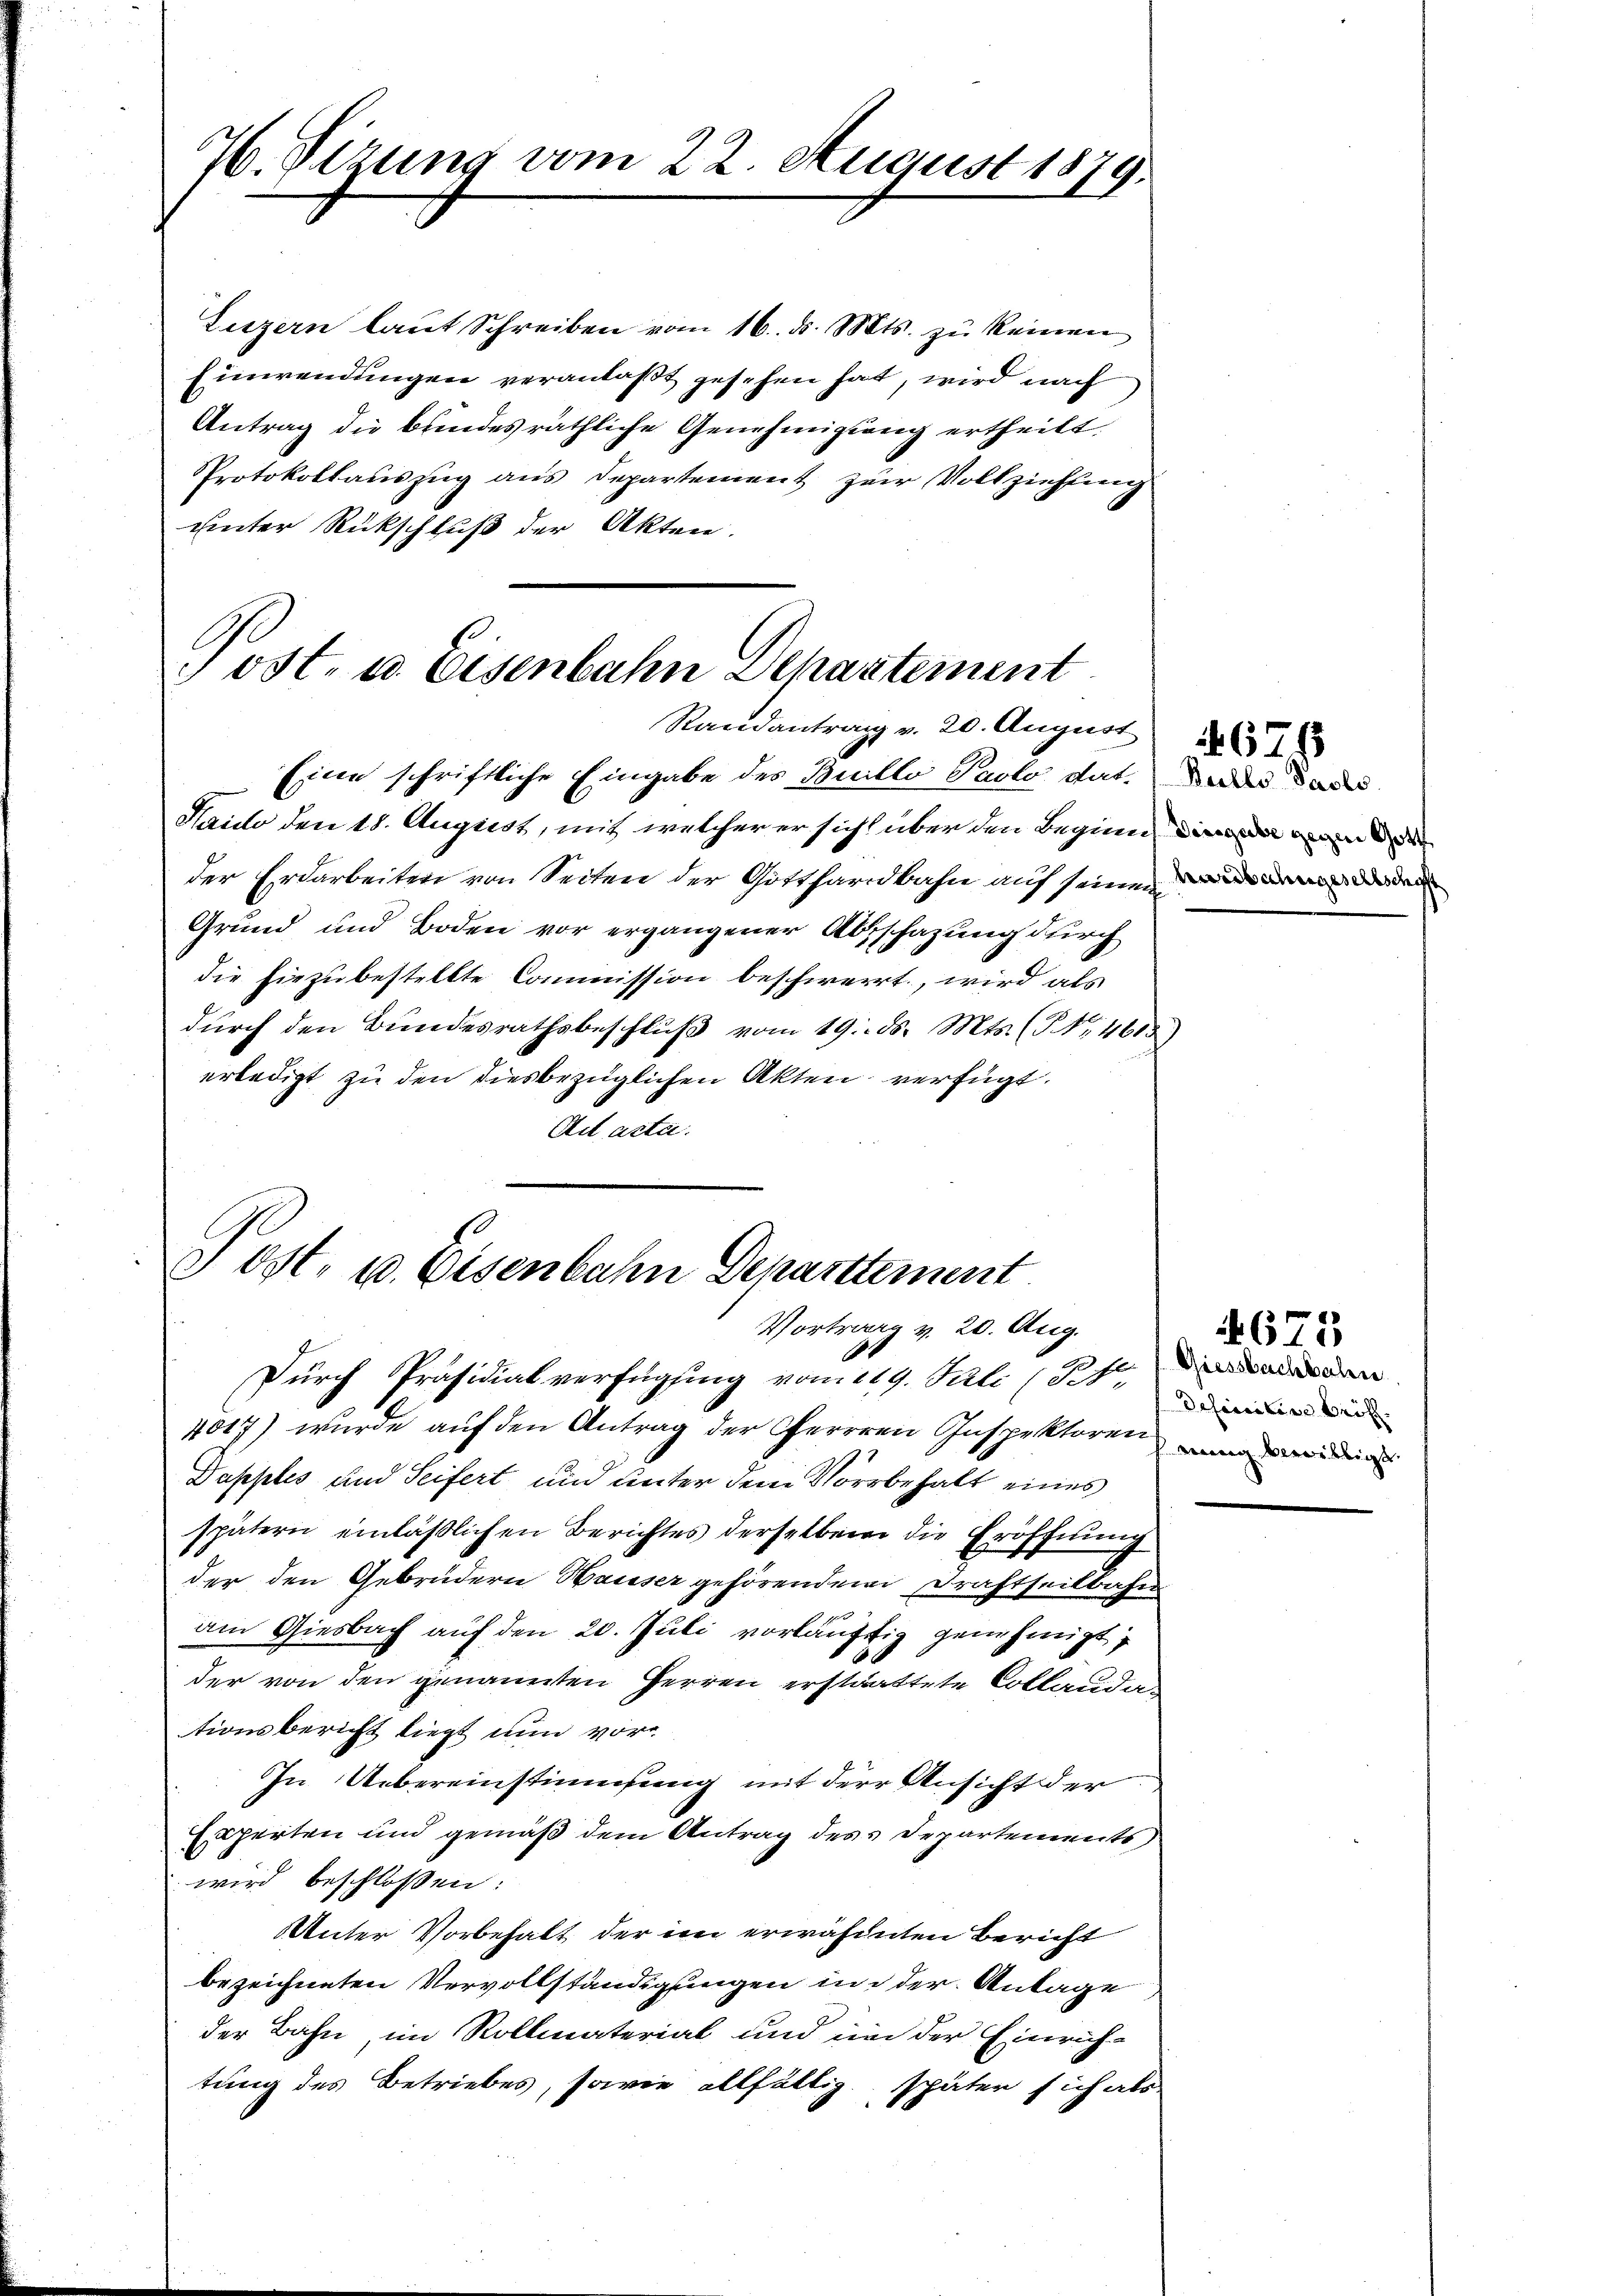
76. Sizung vom 22. August 1879.

Luzern laut Schreiben vom 16. ds. Mts. zŭ keinen
Einwendungen veranlaßt gesehen hat, wird nach
Antrag die bundesräthliche Genehmigung ertheilt.
Protokollauszug aus Departement zur Vollziehung
uinter Rückschluß der Akten.

Eine schriftliche Eingabe des Buillo Paolo dat. das
Kaido den 18. August, mit welcher er sich über den Beginn
der Erdarbeiten von Seiten der Gotthardbahn auf seinen de
Grund und Boden vor ergangener Abschazung durch
die hiezubestellte Commission beschwert, wird als
durch den Bundesrathsbeschluß vom 19. ds. Mts. (T. 4613)
erledigt zu den diesbezüglichen Akten verfügt:
Ad acta.

Post- u. Eisenbahn Departement
Randantrag v. 20. August

ost. u. Eisenbahn Departtement
Vortrag v. 20. Aug.
Durch Präsidialverfügung vom 119. Peli (Sitter d

4017) wurde auf den Antrag der Herrren Inspektoren wider
Dapples und Seifert und unter dem Vorbehalt eines
spätern einläßlichen Berichtes derselben die Eröffnung
der den Gebrüdern Hauser gehörendere Drahtseilbahn
am Giesbach auf den 20. Juli vorläuftig genehmigt.
der von den genannten Herren erstaattete Collaudationsbericht liegt nun vor¬
In Uebereinstimmung mit derer Ansicht der
Esperten und gemäß dem Antrag des Departements
wird beschlossen:
Unter Vorbehalt der im erwähnten Bericht
bezeichneten Vervollständigungen in der Antage
der Bahn, im Rollmaterial und in der Einrichtung des Betriebes, sowie allfältig später sich als

4676

Giessbachbahn

4675